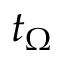
t _ { \Omega }